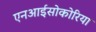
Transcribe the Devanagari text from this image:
एनआईसोकोरिया